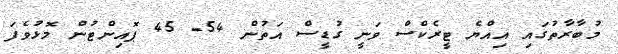
މުބާރާތުގައި އިއްޔެ ޓީރެކްސް ވަނީ ގުޑީސް އަތުން 54- 45 ޕޮއިންޓުން މޮޅުވެފަ